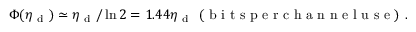
\Phi ( \eta _ { \mathrm { ~ d ~ } } ) \simeq \eta _ { \mathrm { ~ d ~ } } / \ln 2 = 1 . 4 4 \eta _ { \mathrm { ~ d ~ } } \mathrm { ~ ( ~ b ~ i ~ t ~ s ~ p ~ e ~ r ~ c ~ h ~ a ~ n ~ n ~ e ~ l ~ u ~ s ~ e ~ ) ~ . ~ }